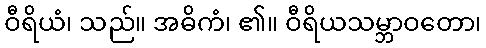
ဝီရိယံ၊ သည်။ အဓိကံ၊ ၏။ ဝီရိယသမ္ဘာဝတော၊